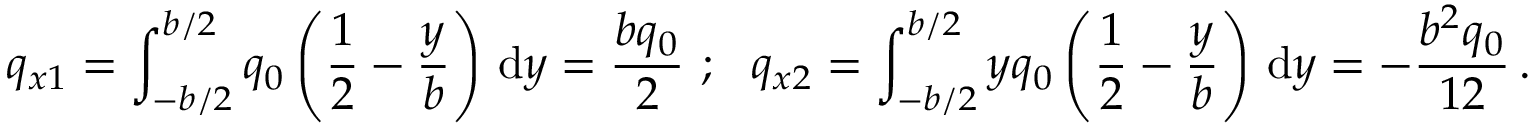
q _ { x 1 } = \int _ { - b / 2 } ^ { b / 2 } q _ { 0 } \left( { \frac { 1 } { 2 } } - { \frac { y } { b } } \right) \, { \mathrm { d } } y = { \frac { b q _ { 0 } } { 2 } } ~ ; ~ ~ q _ { x 2 } = \int _ { - b / 2 } ^ { b / 2 } y q _ { 0 } \left( { \frac { 1 } { 2 } } - { \frac { y } { b } } \right) \, { \mathrm { d } } y = - { \frac { b ^ { 2 } q _ { 0 } } { 1 2 } } \, .